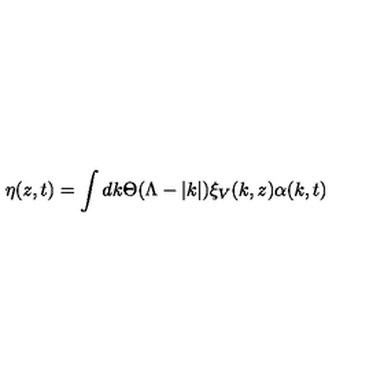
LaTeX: \eta ( z , t ) = \int d k \Theta ( \Lambda - | k | ) \xi _ { V } ( k , z ) \alpha ( k , t )